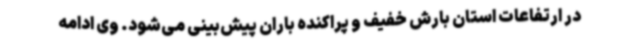
در ارتفاعات استان بارش خفیف و پراکنده باران پیش‌بینی می‌شود. وی ادامه